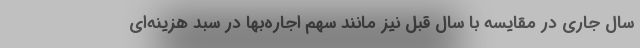
سال جاری در مقایسه با سال قبل نیز مانند سهم اجاره‌بها در سبد هزینه‌ای